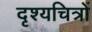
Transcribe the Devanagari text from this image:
दृश्यचित्रों